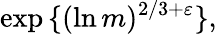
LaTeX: \exp{\{ (\ln m)^{2/3+\varepsilon}\} },